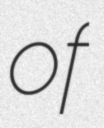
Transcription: of